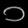
Digit: ၁